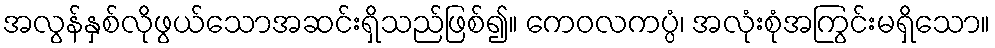
အလွန်နှစ်လိုဖွယ်သောအဆင်းရှိသည်ဖြစ်၍။ ကေဝလကပ္ပံ၊ အလုံးစုံအကြွင်းမရှိသော။